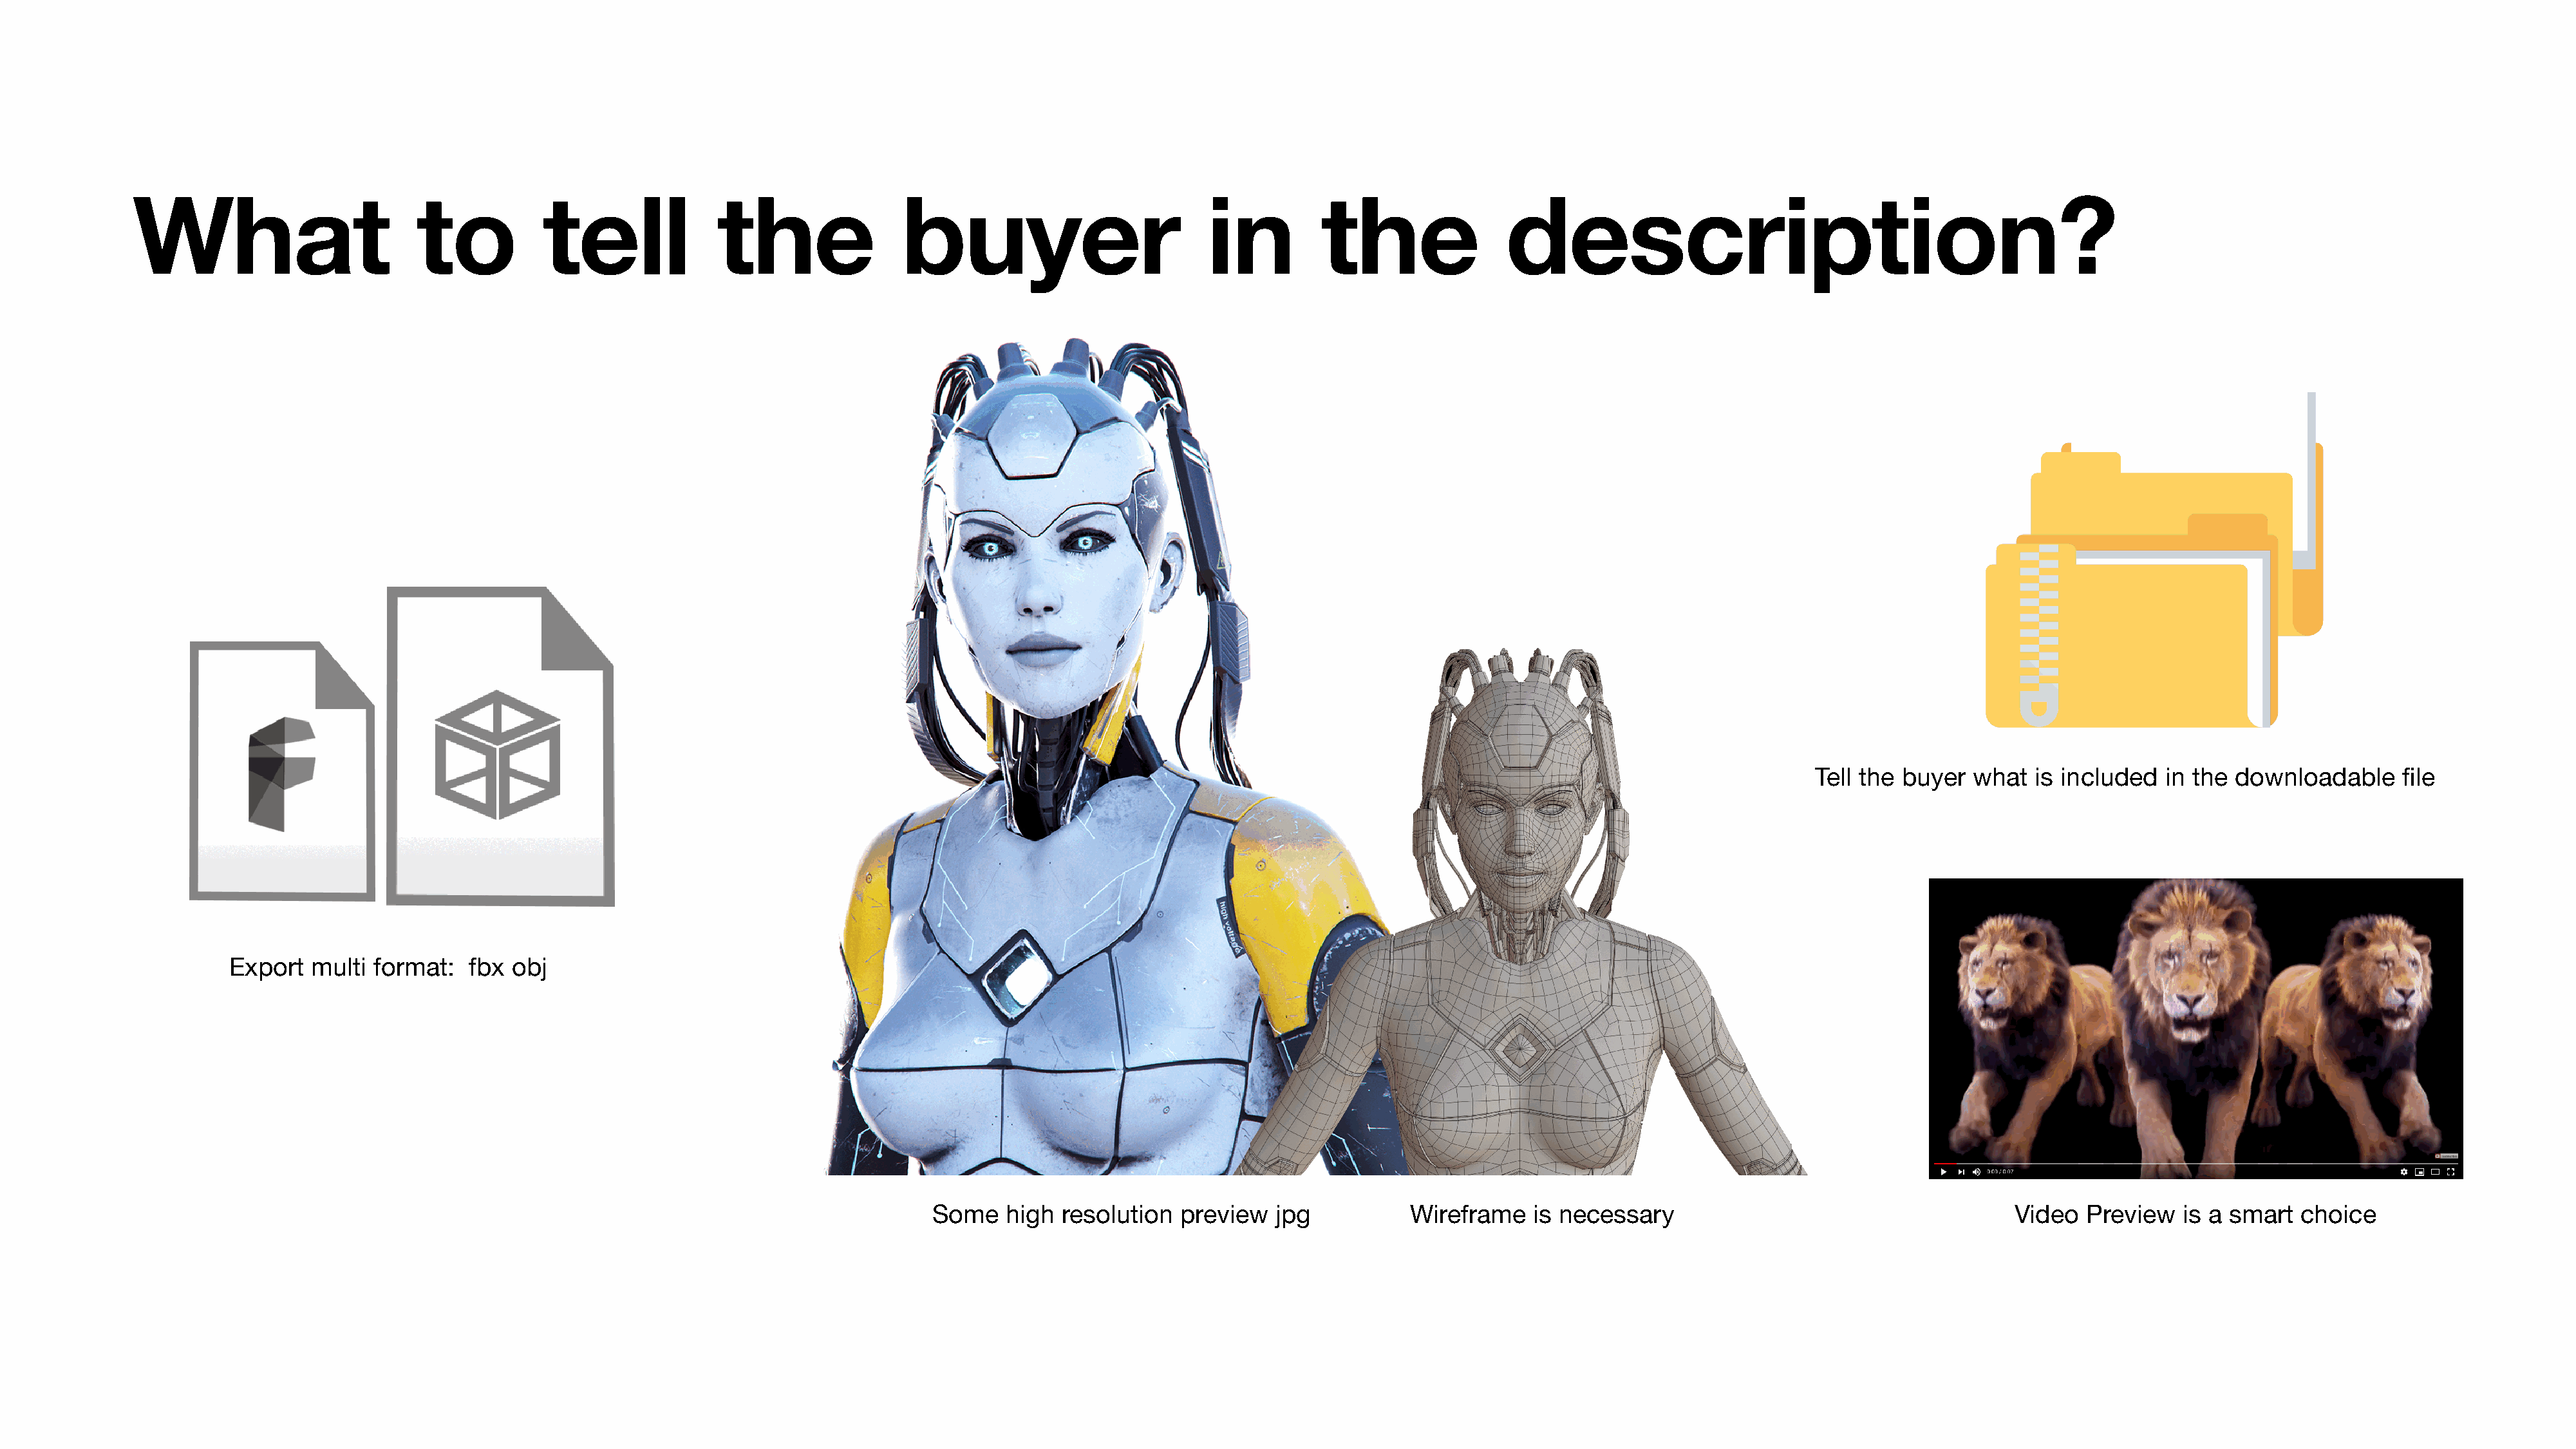
What                         to           tell              the                buyer                          in          the                description?
 Tell the buyer  what  is included   in the downloadable     file
 Export  multi format:   fbx  obj
 Some   high  resolution  preview   jpg           Wireframe    is necessary                                     Video  Preview   is a smart   choice